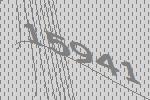
15941